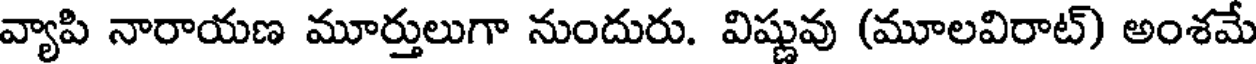
వ్యాపి నారాయణ మూర్తులుగా నుందురు. విష్ణువు (మూలవిరాట్) అంశమే